Civil Veterinary Dept. Bombay admin report 1900-1906 - 1900-1906
Year: 1900
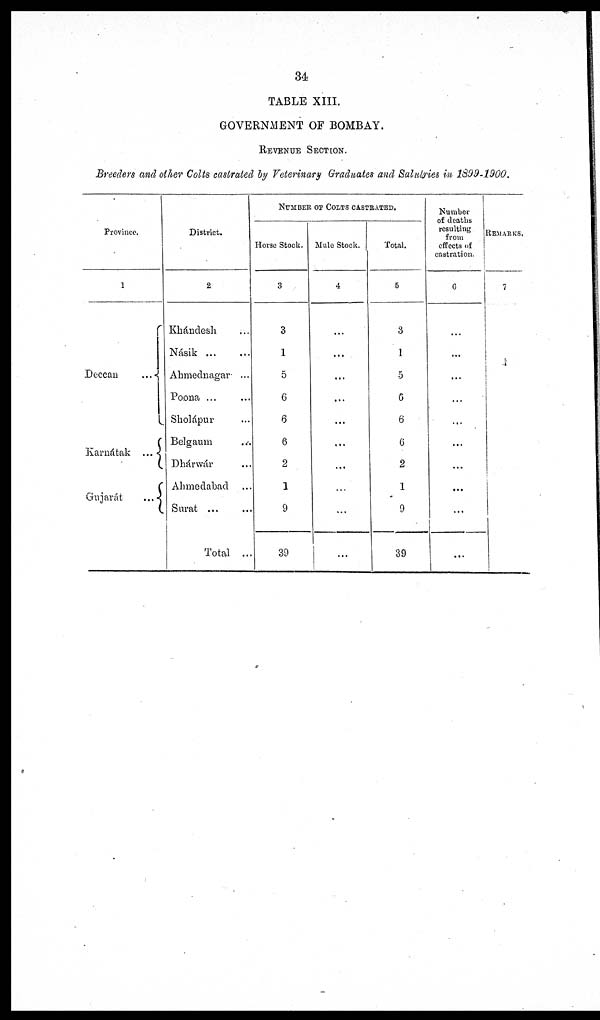
34
TABLE XIII.
GOVERNMENT OF BOMBAY.
REVENUE SECTION.
Breeders and other Colts castrated by Veterinary Graduates and Salutries in 1899-1900.
Province.
1
Deccan
...
Karnátak
...
Gujarát
...
District.
2
Khándesh ...
Násik
...
...
Ahmednagar ...
Poona ... ...
Sholápur ...
Belgaum ...
Dhárwár ...
Ahmedabad ...
Surat ... ...
Total ...
NUMBER OF COLTS CASTRATED.
Horse Stock.
3
3
1
5
6
6
6
2
1
9
39
Mule Stock.
4
...
...
...
...
...
...
...
...
...
...
Total.
5
3
1
5
6
6
6
2
1
9
39
Number
of deaths
resulting
effects of
castration.
6
...
...
...
...
...
...
...
...
...
...
REMARKS.
7